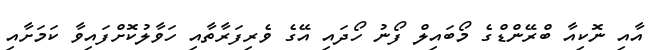
އާއި ނޮކިއާ ބްރޭންޑްގެ މޯބައިލް ފޯނު ހޯދައި އޭގެ ވެރިފަރާތާއި ހަވާލުކޮށްފައިވާ ކަމަށާއި